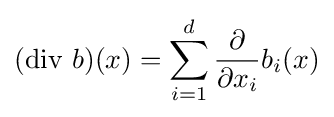
(\operatorname {div} \,b)(x)=\sum _{i=1}^{d}{\frac {\partial }{\partial x_{i}}}b_{i}(x)